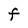
Character: F